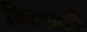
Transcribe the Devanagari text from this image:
फिटपालडी